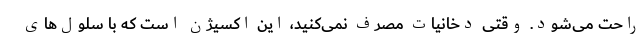
راحت می‌شود. وقتی دخانیات مصرف نمی‌کنید، این اکسیژن است که با سلول‌های